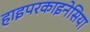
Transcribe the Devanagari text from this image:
हाइपरकाइनेसिया